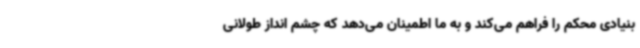
بنیادی محکم را فراهم می‌کند و به ما اطمینان می‌دهد که چشم انداز طولانی